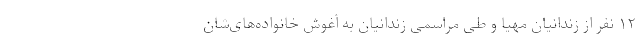
۱۲ نفر از زندانیان مهیا و طی مراسمی زندانیان به آغوش خانواده‌های‌شان